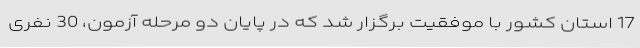
17 استان کشور با موفقیت برگزار شد که در پایان دو مرحله آزمون، 30 نفری